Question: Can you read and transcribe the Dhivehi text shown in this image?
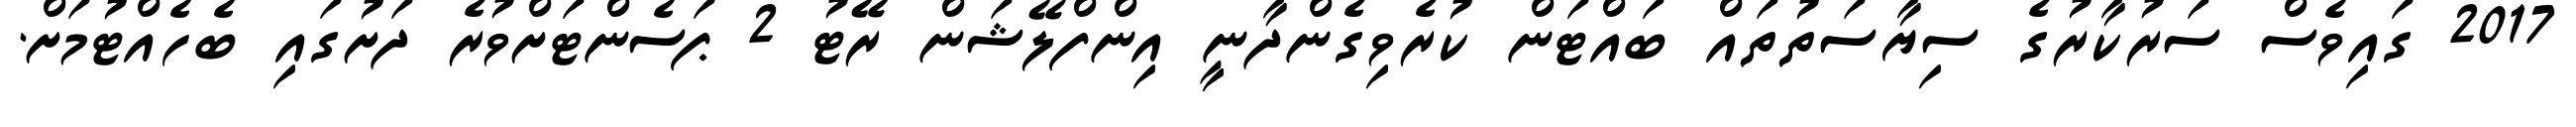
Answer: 2017 ގައިވެސް ސަރުކާރުގެ ސިޔާސަތުތައް ބައްޓަން ކުރެވިގެންދާނީ އިންފްލޭޝަން ރޭޓު 2 ޕަސެންޓަށްވުރެ ދަށުގައި ބެހެއްޓުމަށް.